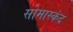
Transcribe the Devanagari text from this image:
सोमास्कंद